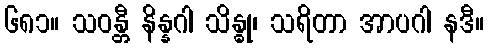
၆၈၁။ သဝန္တီ နိန္နဂါ သိန္ဓု၊ သရိတာ အာပဂါ နဒီ။